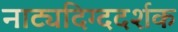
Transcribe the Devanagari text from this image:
नाट्यदिग्ददर्शक